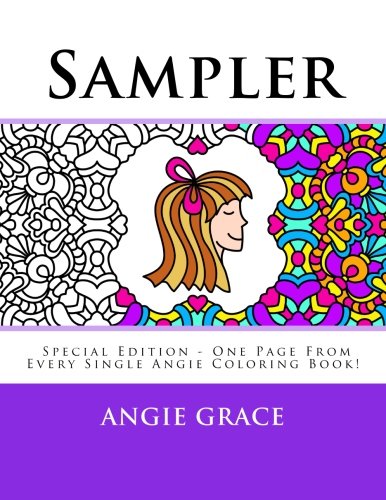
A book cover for Sampler (Special Edition - One Page From Every Single Angie Coloring Book!); Angie Grace; Crafts, Hobbies & Home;